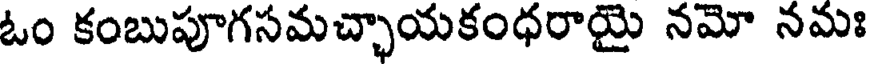
ఓం కంబుపూగసమచ్ఛాయకంధరాయై నమో నమః